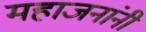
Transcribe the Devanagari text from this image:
महाजनांनी